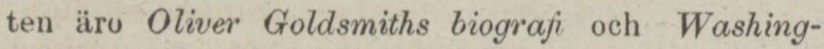
ten äro Oliver Goldsmiths biografi och Washing-